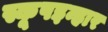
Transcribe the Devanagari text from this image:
स्कूपइन्हार